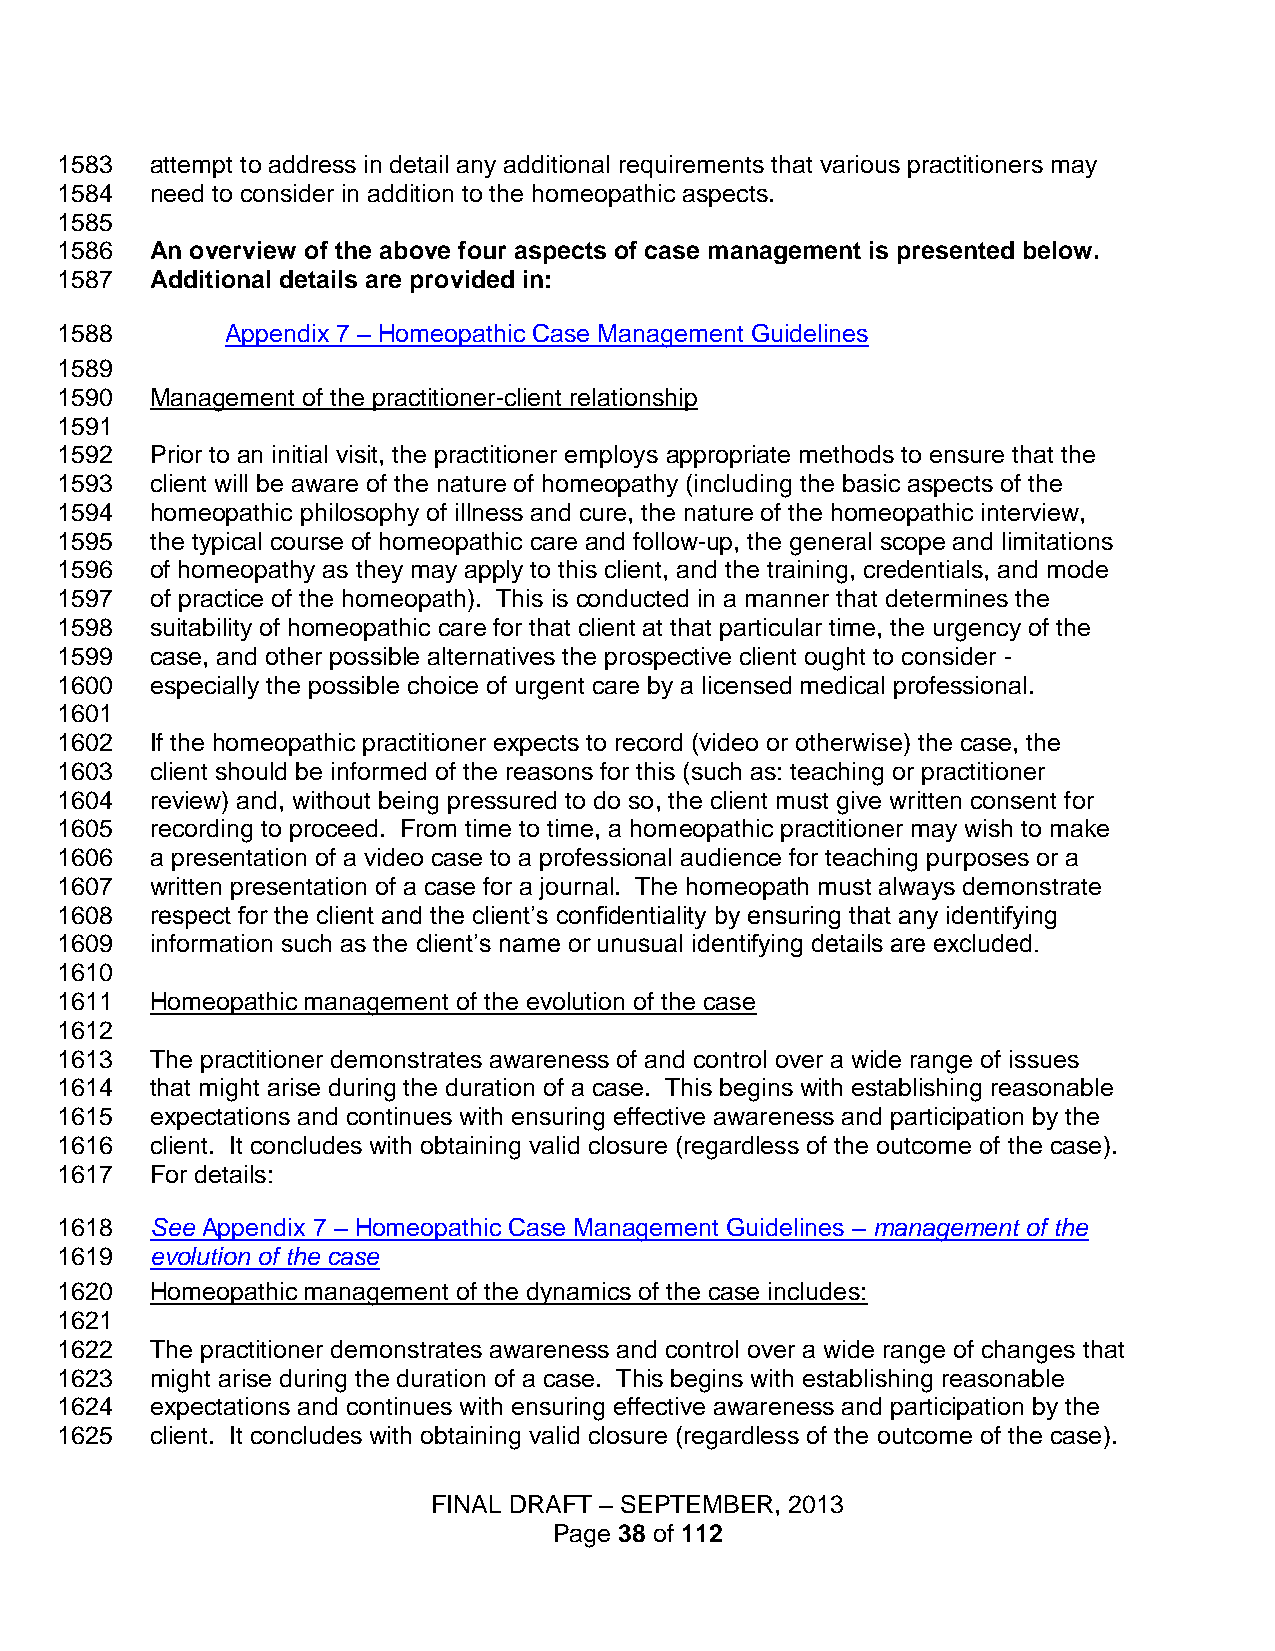
1583  attempt to address in detail any additional requirements that various practitioners may
 1584  need to consider in addition to the homeopathic aspects.
 1585
 1586  An overview of the above four aspects of case management is presented below.
 1587  Additional details are provided in:
 1588       Appendix 7 – Homeopathic Case Management Guidelines
 1589
 1590  Management of the practitioner-client relationship
 1591
 1592  Prior to an initial visit, the practitioner employs appropriate methods to ensure that the
 1593  client will be aware of the nature of homeopathy (including the basic aspects of the
 1594  homeopathic philosophy of illness and cure, the nature of the homeopathic interview,
 1595  the typical course of homeopathic care and follow-up, the general scope and limitations
 1596  of homeopathy as they may apply to this client, and the training, credentials, and mode
 1597  of practice of the homeopath). This is conducted in a manner that determines the
 1598  suitability of homeopathic care for that client at that particular time, the urgency of the
 1599  case, and other possible alternatives the prospective client ought to consider -
 1600  especially the possible choice of urgent care by a licensed medical professional.
 1601
 1602  If the homeopathic practitioner expects to record (video or otherwise) the case, the
 1603  client should be informed of the reasons for this (such as: teaching or practitioner
 1604  review) and, without being pressured to do so, the client must give written consent for
 1605  recording to proceed. From time to time, a homeopathic practitioner may wish to make
 1606  a presentation of a video case to a professional audience for teaching purposes or a
 1607  written presentation of a case for a journal. The homeopath must always demonstrate
 1608  respect for the client and the client’s confidentiality by ensuring that any identifying
 1609  information such as the client’s name or unusual identifying details are excluded.
 1610
 1611  Homeopathic management of the evolution of the case
 1612
 1613  The practitioner demonstrates awareness of and control over a wide range of issues
 1614  that might arise during the duration of a case. This begins with establishing reasonable
 1615  expectations and continues with ensuring effective awareness and participation by the
 1616  client. It concludes with obtaining valid closure (regardless of the outcome of the case).
 1617  For details:
 1618  See Appendix 7 – Homeopathic Case Management Guidelines – management of the
 1619  evolution of the case
 1620  Homeopathic management of the dynamics of the case includes:
 1621
 1622  The practitioner demonstrates awareness and control over a wide range of changes that
 1623  might arise during the duration of a case. This begins with establishing reasonable
 1624  expectations and continues with ensuring effective awareness and participation by the
 1625  client. It concludes with obtaining valid closure (regardless of the outcome of the case).
 FINAL DRAFT – SEPTEMBER, 2013
 Page 38 of 112